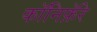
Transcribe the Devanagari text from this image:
कॉनिफ़ॅरे